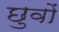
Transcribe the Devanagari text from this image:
छुवों